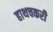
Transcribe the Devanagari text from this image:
हाथचकरी